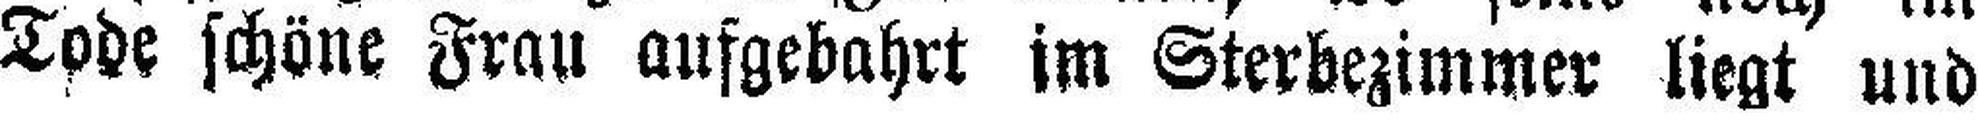
Tode schöne Frau aufgebahrt im Sterbezimmer liegt und